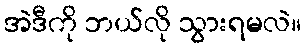
အဲဒီကို ဘယ်လို သွားရမလဲ။